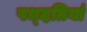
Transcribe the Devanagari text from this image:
पध्दतियां